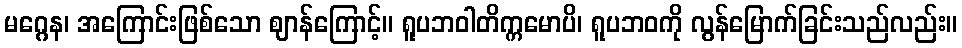
မဂ္ဂေန၊ အကြောင်းဖြစ်သော ဈာန်ကြောင့်။ ရူပဘဝါတိက္ကမောပိ၊ ရူပဘဝကို လွန်မြောက်ခြင်းသည်လည်း။